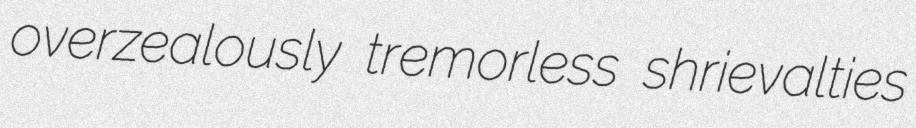
overzealously tremorless shrievalties